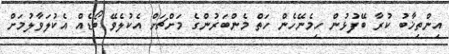
އިންތިޚާބު ކުރާ ބޭފުޅުން ހިމެނޭހެން ހަތް މެންބަރުންގެ މަށްޗަށް އެކުލެވޭ ބޯޑެއް އެކުލަވާލުމަށް